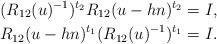
LaTeX: \begin{align*}(R_{12}(u)^{-1})^{t_2}R_{12}(u-hn)^{t_2}&=I,\\R_{12}(u-hn)^{t_1}(R_{12}(u)^{-1})^{t_1}&=I.\end{align*}